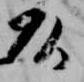
頭